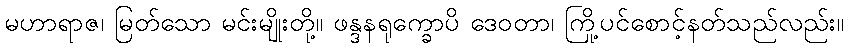
မဟာရာဇ၊ မြတ်သော မင်းမျိုးတို့။ ဖန္ဒနရုက္ခောပိ ဒေဝတာ၊ ကြို့ပင်စောင့်နတ်သည်လည်း။